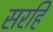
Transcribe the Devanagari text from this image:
सरहि